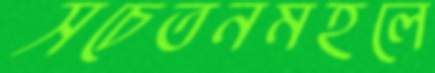
সচেতনমহলে